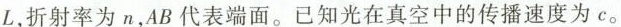
L，折射率为n，AB代表端面。已知光在真空中的传播速度为c。